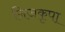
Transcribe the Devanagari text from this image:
निजकृपा